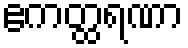
ဧကတ္ထရဏာ